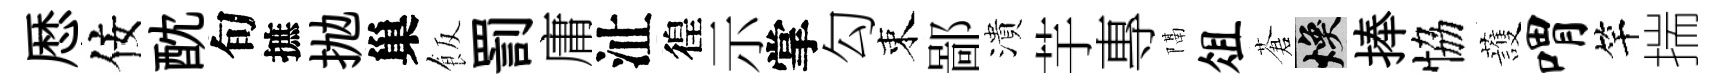
厯佞酖旬摭抛巢飯罰庸沚徨示掌勾束鄙潰芋專隔俎蒼焕捧恊䕶喟竿揣